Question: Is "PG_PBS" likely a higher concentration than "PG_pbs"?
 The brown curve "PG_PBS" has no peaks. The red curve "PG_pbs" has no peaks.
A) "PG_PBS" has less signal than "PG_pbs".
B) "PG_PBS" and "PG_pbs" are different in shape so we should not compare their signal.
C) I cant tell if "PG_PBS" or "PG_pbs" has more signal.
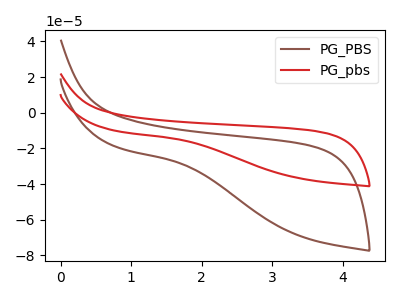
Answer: <think>Neither "PG_PBS" or "PG_pbs" have any peaks.
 </think>
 <answer>C) I cant tell if "PG_PBS" or "PG_pbs" has more signal.</answer>
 <eval>C</eval>